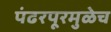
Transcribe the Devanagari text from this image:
पंढरपूरमुळेच